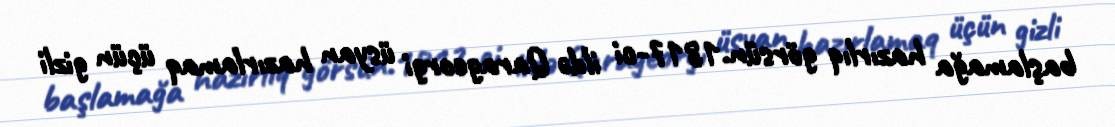
başlamağa hazırlıq görsün.1817-ci ildə Qarageorgi üsyan hazırlamaq üçün gizli